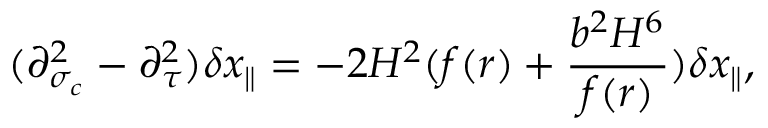
( \partial _ { \sigma _ { c } } ^ { 2 } - \partial _ { \tau } ^ { 2 } ) \delta x _ { \parallel } = - 2 H ^ { 2 } ( f ( r ) + \frac { b ^ { 2 } H ^ { 6 } } { f ( r ) } ) \delta x _ { \parallel } ,